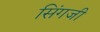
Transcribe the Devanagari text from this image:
सिंगजी